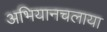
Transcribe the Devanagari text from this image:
अभियानचलाया